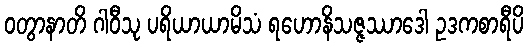
ဝတွာနာတိ ဂါဝီသု ပရိယာယာမိသံ ရဟောနိသဇ္ဇဿာဒေါ ဥဒကစာရီပိ